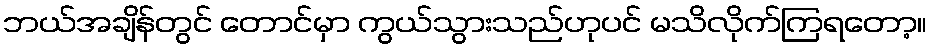
ဘယ်အချိန်တွင် တောင်မှာ ကွယ်သွားသည်ဟုပင် မသိလိုက်ကြရတော့။